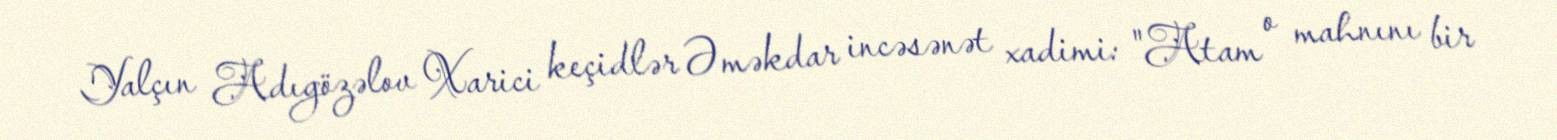
Yalçın Adıgözəlov Xarici keçidlər Əməkdar incəsənət xadimi: "Atam o mahnını bir